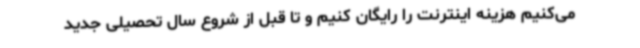
می‌کنیم هزینه اینترنت را رایگان کنیم و تا قبل از شروع سال تحصیلی جدید